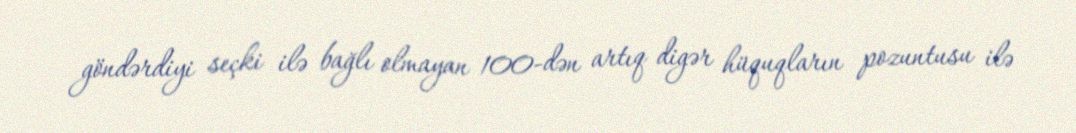
göndərdiyi seçki ilə bağlı olmayan 100-dən artıq digər hüquqların pozuntusu ilə